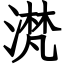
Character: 滼